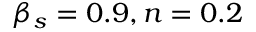
\beta _ { s } = 0 . 9 , n = 0 . 2